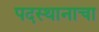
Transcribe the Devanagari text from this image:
पदस्थानाचा